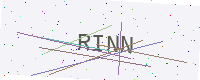
Text: RINN